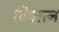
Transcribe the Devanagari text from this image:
विषरत्न